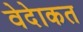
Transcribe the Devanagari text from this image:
वेदेाकत